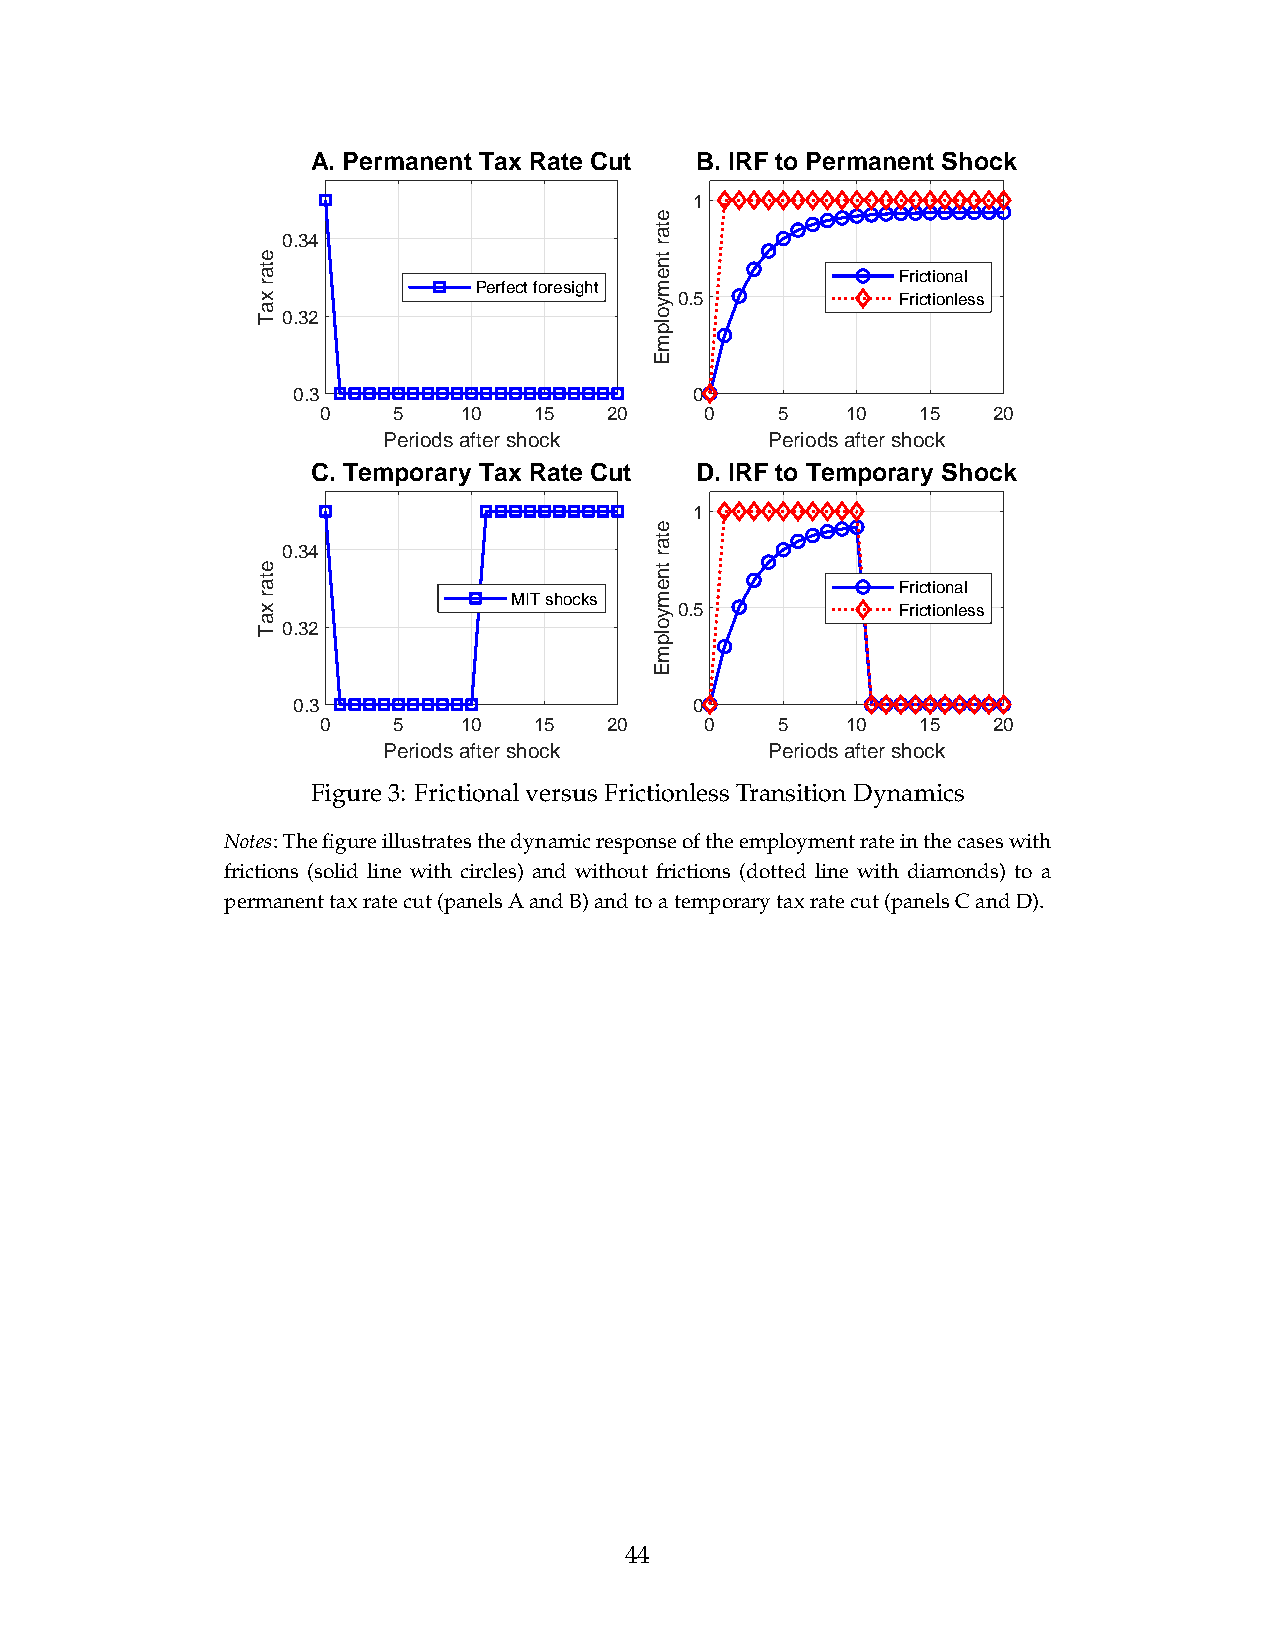
A. Permanent Tax Rate Cut B. IRF to Permanent Shock
 1
 0.34
 Frictional
 Perfect foresight
 0.5            Frictionless
 0.32
 0.3                        0
 0    5   10   15   20     0    5   10   15   20
 Periods after shock       Periods after shock
 C. Temporary Tax Rate Cut D. IRF to Temporary Shock
 1
 0.34
 Frictional
 MIT shocks
 0.5            Frictionless
 0.32
 0.3                        0
 0    5   10   15   20     0    5   10   15   20
 Periods after shock       Periods after shock
 Figure3: FrictionalversusFrictionlessTransitionDynamics
 Notes:Thefigureillustratesthedynamicresponseoftheemploymentrateinthecaseswith
 frictions (solid line with circles) and without frictions (dotted line with diamonds) to a
 permanenttaxratecut(panelsAandB)andtoatemporarytaxratecut(panelsCandD).
 44
 etar
 xaT
 etar
 xaT
 etar
 tnemyolpmE
 etar
 tnemyolpmE